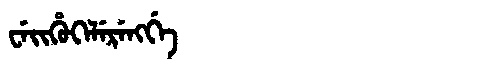
Manchu: ᠸᡝᡳᡥᡠᡴᡝᠯᡝᡵᡝᠩᡤᡝ
Romanization: WEIHUKELERENGGE